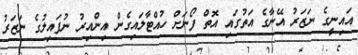
އައިނީގެ ނަޒަރު އޭނާގެ އަތުގައި އޮތް ފޯނަށް ހުއްޓާލައިގެން އިންއިރު ނުފައިލުގެ ނަޒަރު